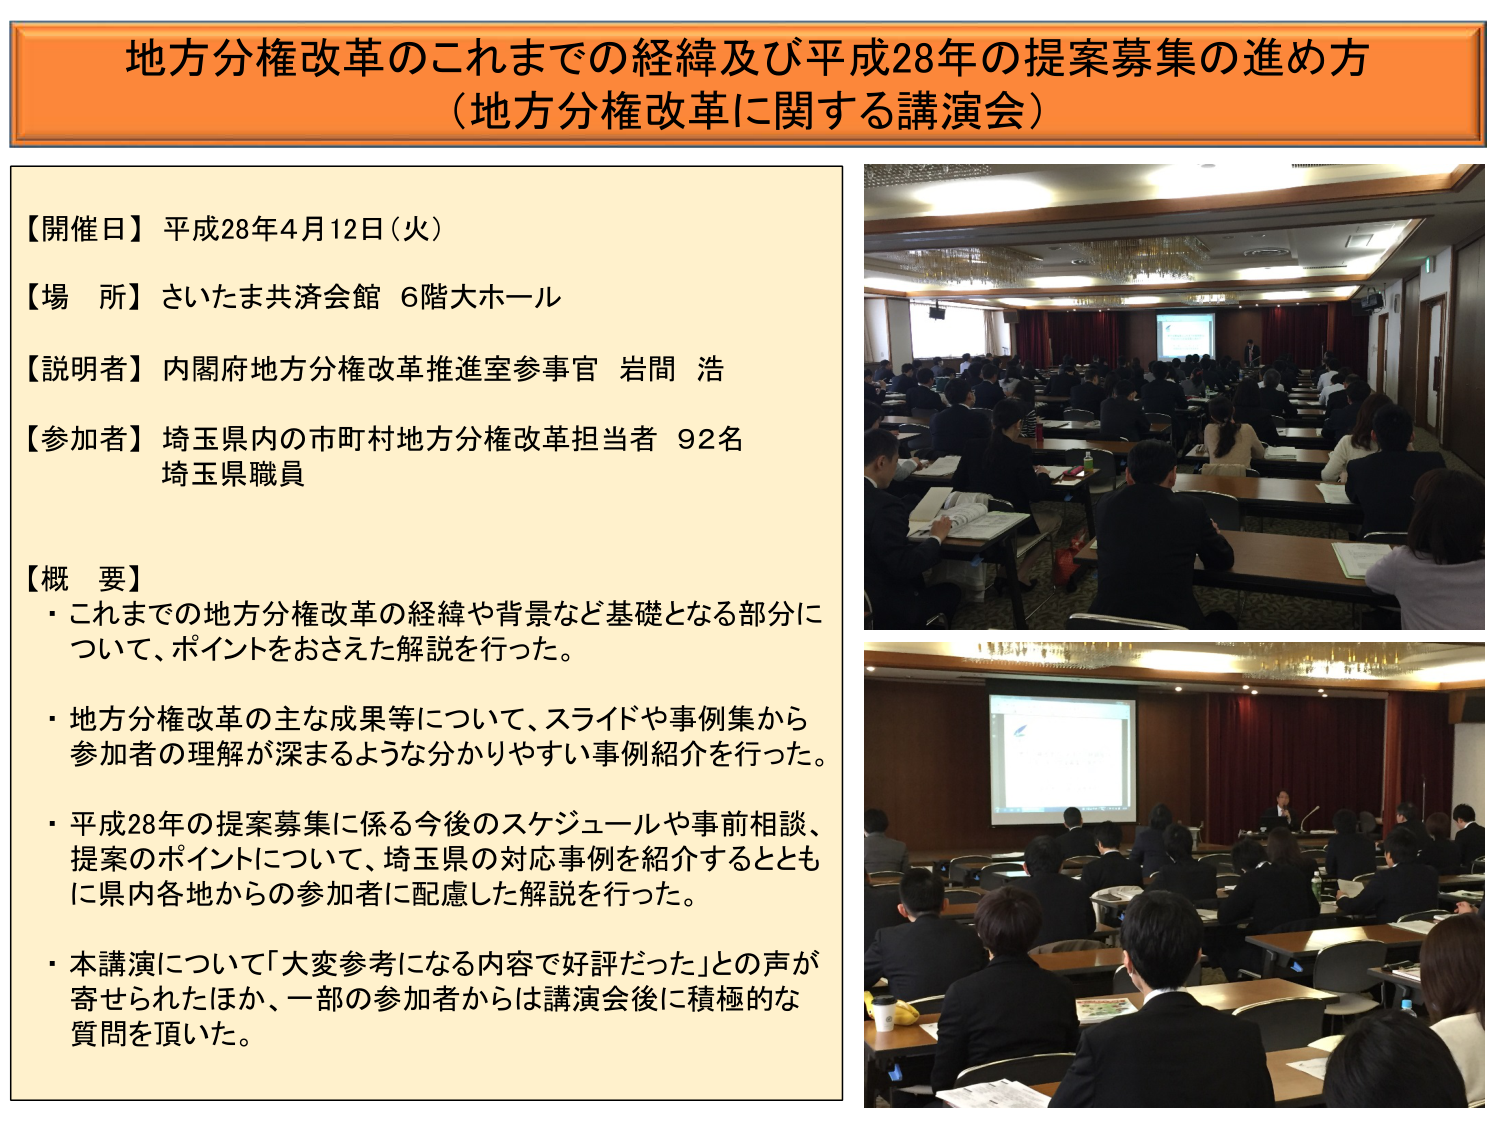
地方分権改革のこれまでの経緯及び平成28年の提案募集の進め方
（地方分権改革に関する講演会）

【開催日】平成28年4月12日（火）
【場 所】さいたま共済会館 6階大ホール
【説明者】内閣府地方分権改革推進室参事官 岩間 浩
【参加者】埼玉県内の市町村地方分権改革担当者 92名
　　　　　埼玉県職員

【概 要】
・これまでの地方分権改革の経緯や背景など基礎となる部分について、ポイントをおさえた解説を行った。
・地方分権改革の主な成果等について、スライドや事例集から参加者の理解が深まるような分かりやすい事例紹介を行った。
・平成28年の提案募集に係る今後のスケジュールや事前相談、提案のポイントについて、埼玉県の対応事例を紹介するとともに県内各地からの参加者に配慮した解説を行った。
・本講演について「大変参考になる内容で好評だった」との声が寄せられたほか、一部の参加者からは講演会後に積極的な質問を頂いた。